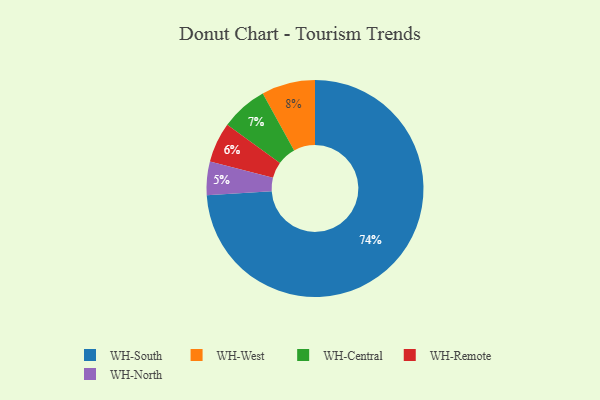
{"axis": {"x": "Category", "y": "Percentage"}, "legend": ["WH-Central", "WH-North", "WH-Remote", "WH-South", "WH-West"], "data": [{"x": "WH-West", "y": 8, "type": "WH-West"}, {"x": "WH-North", "y": 5, "type": "WH-North"}, {"x": "WH-Central", "y": 7, "type": "WH-Central"}, {"x": "WH-Remote", "y": 6, "type": "WH-Remote"}, {"x": "WH-South", "y": 74, "type": "WH-South"}]}